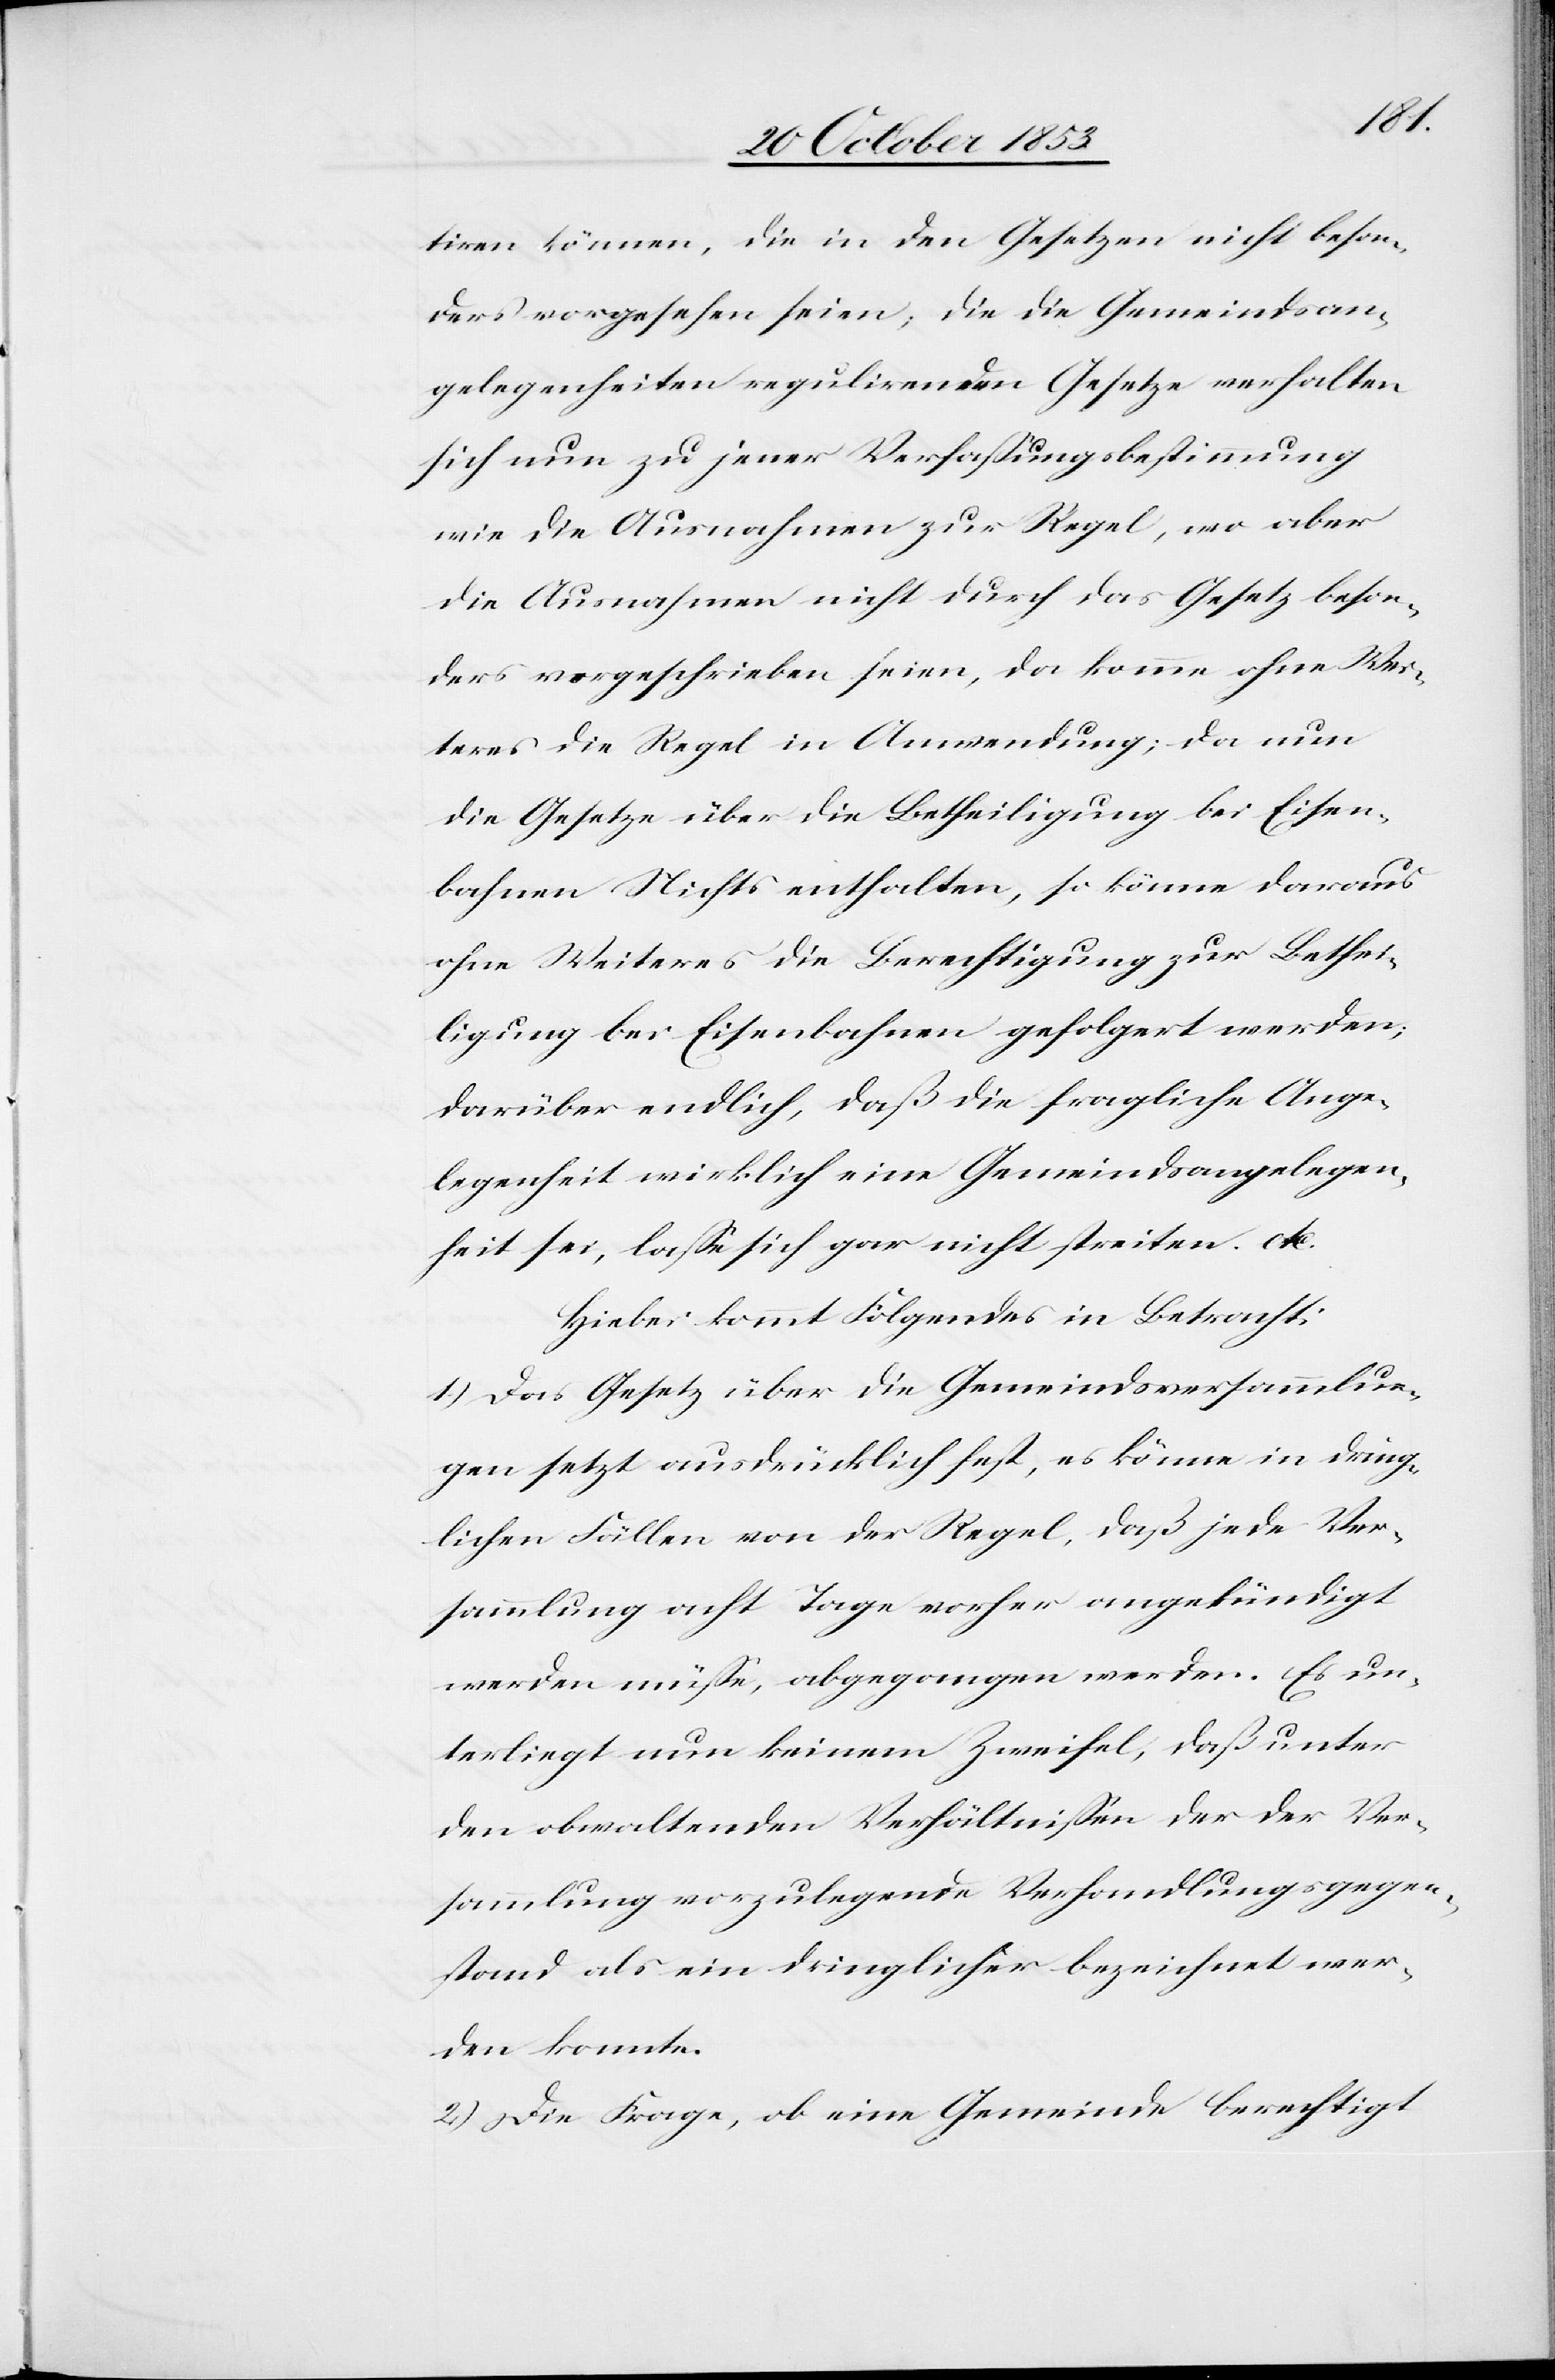
tiren können, die in den Gesetzen nicht beson¬
ders vorgesehen seien, die die Gemeindsan¬
gelegenheiten regulirenden Gesetze verhalten
sich nun zu jener Verfaßungsbestimmung
wie die Ausnahmen zur Regel, wo aber
die Ausnahmen nicht durch das Gesetz beson¬
ders vorgeschrieben seien, da komme ohne Wei¬
teres die Regel in Anwendung; da nun
die Gesetze über die Betheiligung bei Eisen¬
bahnen Nichts enthalten, so könne daraus
ohne Weiteres die Berechtigung zur Bethei¬
ligung bei Eisenbahnen gefolgert werden;
darüber endlich, daß die fragliche Ange¬
legenheit wirklich eine Gemeindsangelegen¬
heit sei, laße sich gar nicht streiten. etc.
Hiebei kommt Folgendes in Betracht:
1) Das Gesetz über die Gemeindsversammlun¬
gen setzt ausdrücklich fest, es könne in dring¬
lichen Fällen von der Regel, daß jede Ver¬
sammlung acht Tage vorher angekündigt
werden müße, abgegangen werden. Es un¬
terliegt nun keinem Zweifel, daß unter
den obwaltenden Verhältnißen der der Ver¬
sammlung vorzulegende Verhandlungsgegen¬
stand als ein dringlicher bezeichnet wer¬
den konnte.
2.) Die Frage, ob eine Gemeinde berechtigt